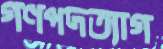
গণপদত্যাগ